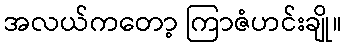
အလယ်ကတော့ ကြာဇံဟင်းချို။